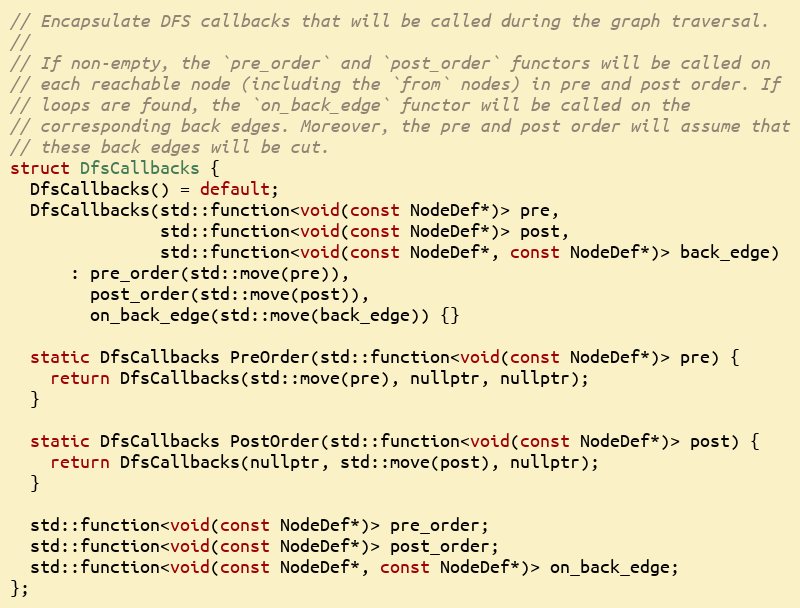
Language: C
// Encapsulate DFS callbacks that will be called during the graph traversal.
//
// If non-empty, the `pre_order` and `post_order` functors will be called on
// each reachable node (including the `from` nodes) in pre and post order. If
// loops are found, the `on_back_edge` functor will be called on the
// corresponding back edges. Moreover, the pre and post order will assume that
// these back edges will be cut.
struct DfsCallbacks {
  DfsCallbacks() = default;
  DfsCallbacks(std::function<void(const NodeDef*)> pre,
               std::function<void(const NodeDef*)> post,
               std::function<void(const NodeDef*, const NodeDef*)> back_edge)
      : pre_order(std::move(pre)),
        post_order(std::move(post)),
        on_back_edge(std::move(back_edge)) {}

  static DfsCallbacks PreOrder(std::function<void(const NodeDef*)> pre) {
    return DfsCallbacks(std::move(pre), nullptr, nullptr);
  }

  static DfsCallbacks PostOrder(std::function<void(const NodeDef*)> post) {
    return DfsCallbacks(nullptr, std::move(post), nullptr);
  }

  std::function<void(const NodeDef*)> pre_order;
  std::function<void(const NodeDef*)> post_order;
  std::function<void(const NodeDef*, const NodeDef*)> on_back_edge;
};